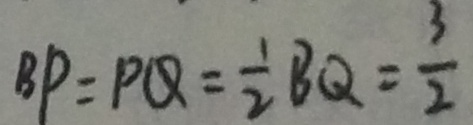
B P = P Q = \frac { 1 } { 2 } B Q = \frac { 3 } { 2 }